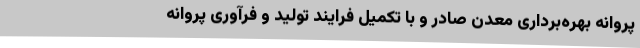
پروانه بهره‌برداری معدن صادر و با تکمیل فرایند تولید و فرآوری پروانه